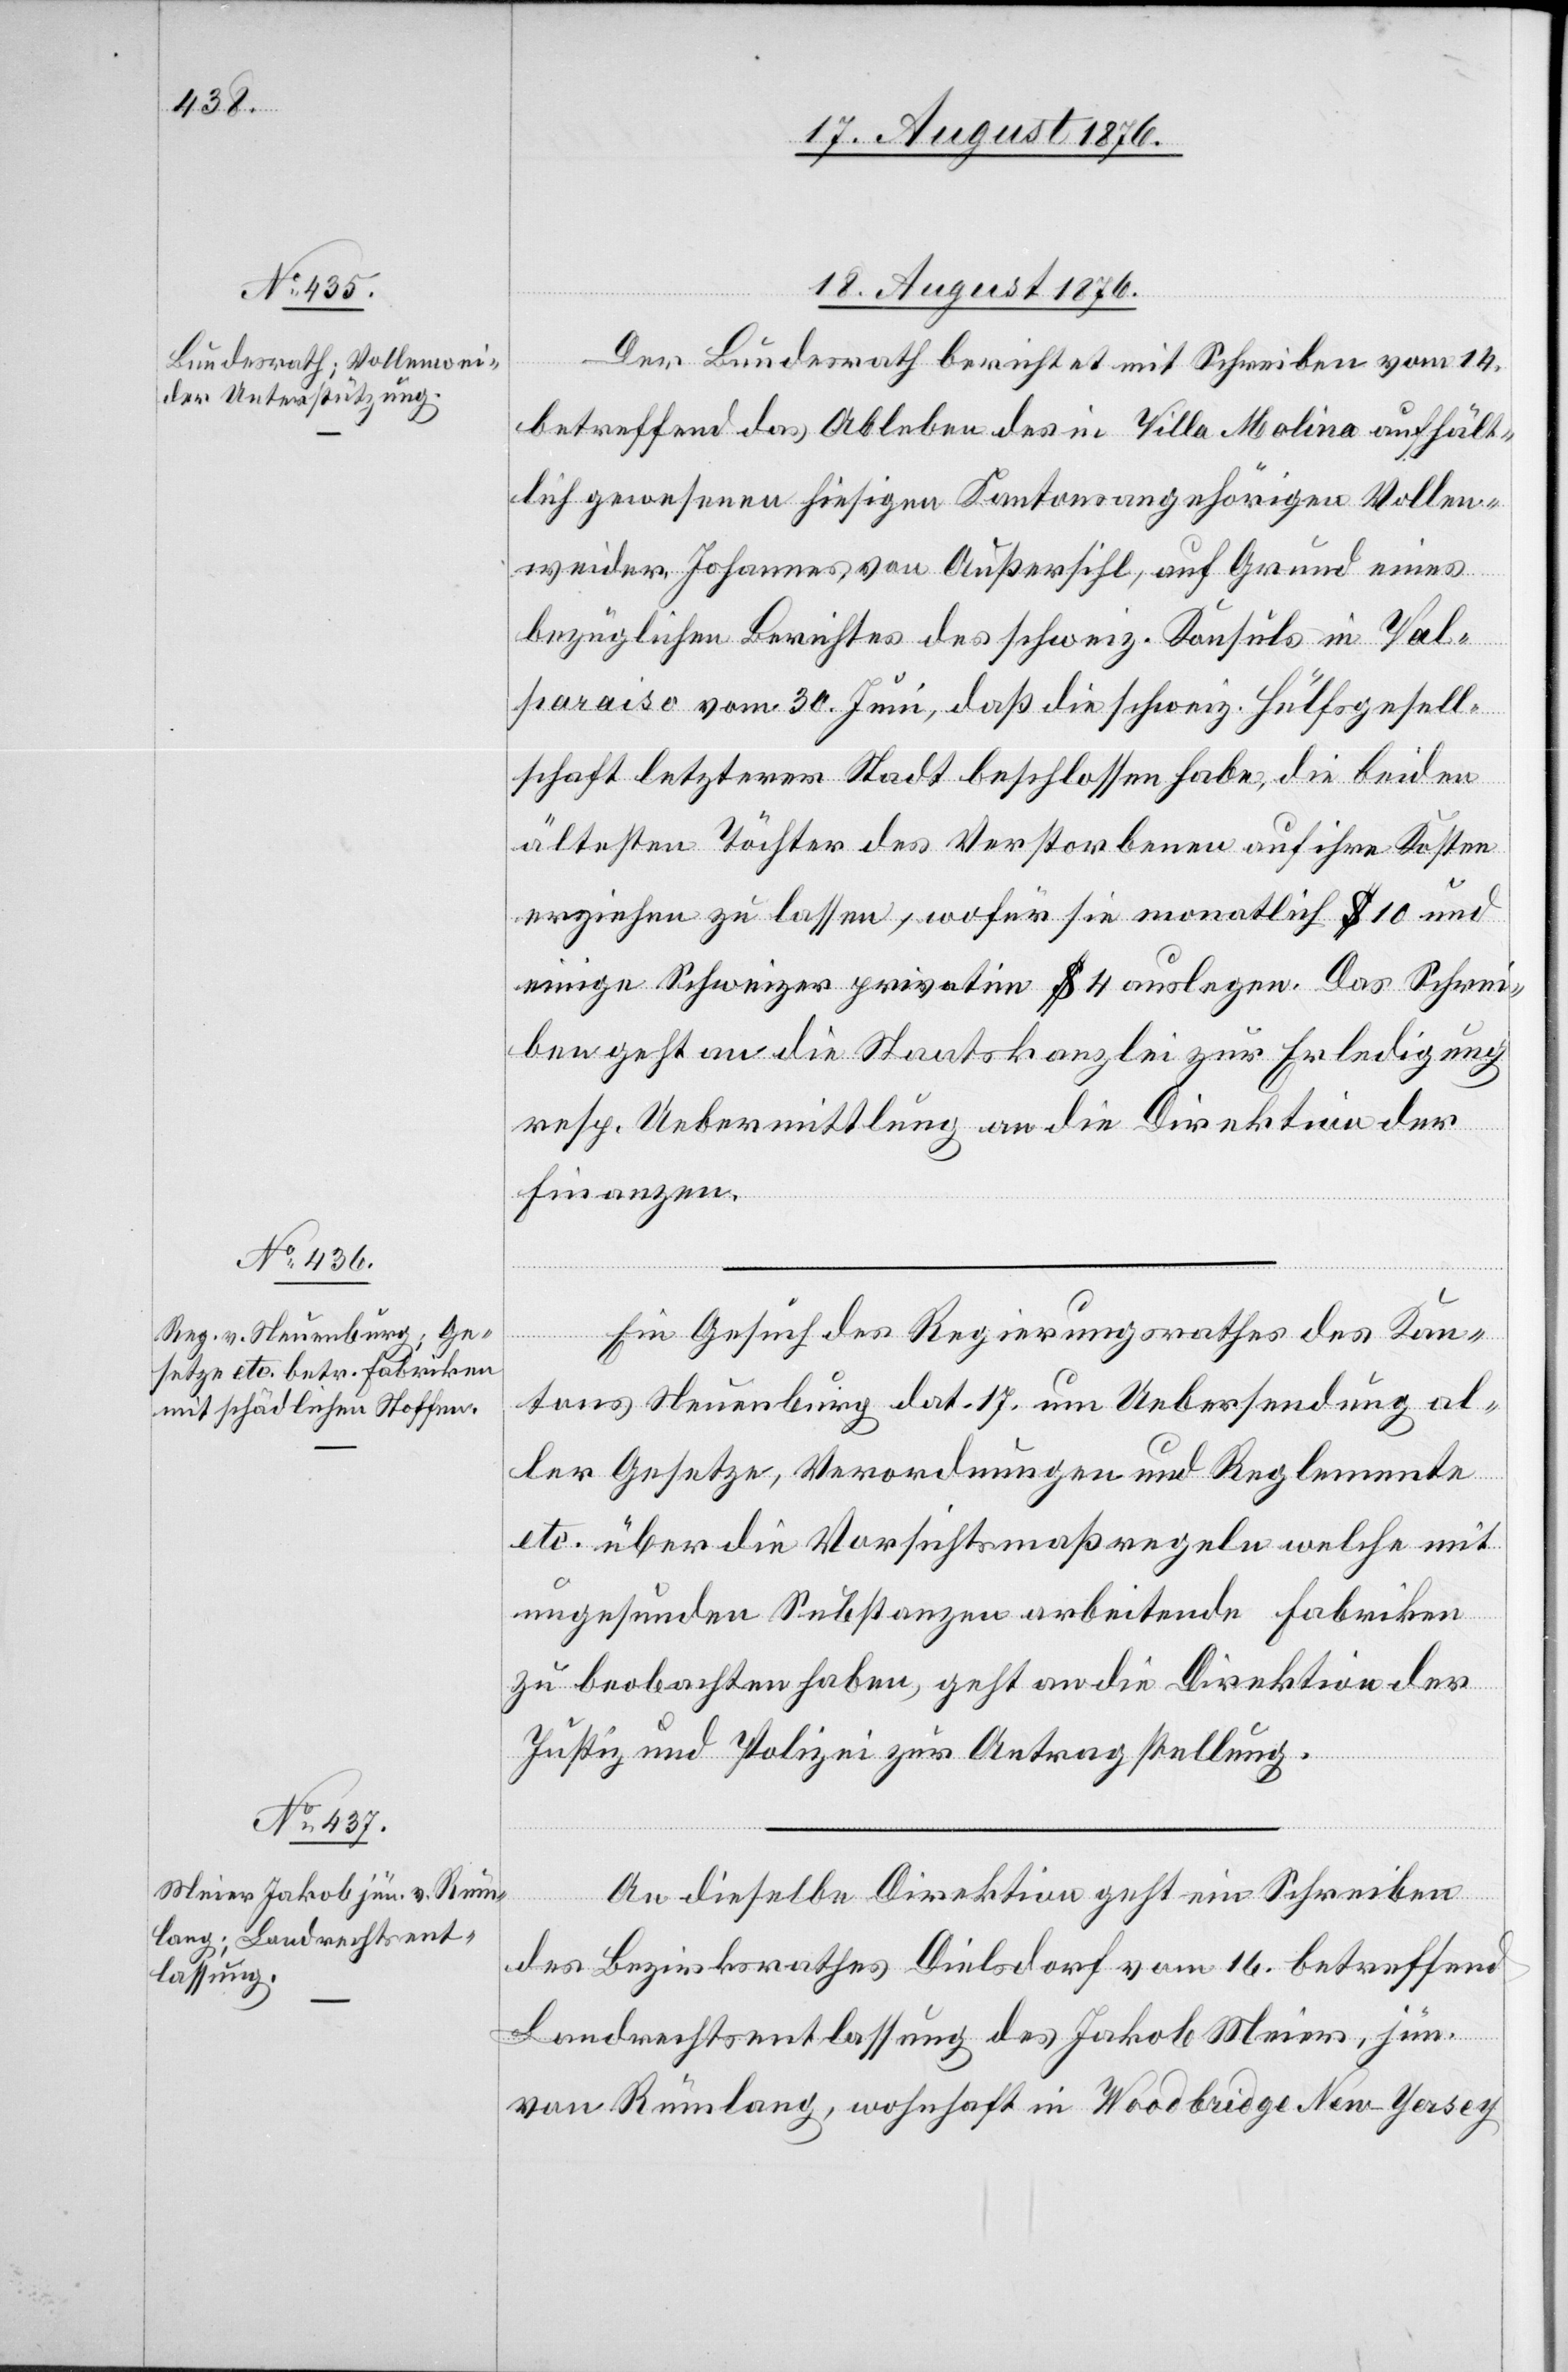
18. August 1876.]
Der Bundesrath berichtet mit Schreiben vom 14.
betreffend das Ableben des in Villa Molina aufhält¬
lich gewesenen hiesigen Kantonsangehörigen Vollen¬
weider, Johannes, von Außersihl, auf Grund eines
bezüglichen Berichtes des schweiz. Konsuls in Val¬
paraiso vom 30. Juni, daß die schweiz. Hülfsgesell¬
schaft letzterer Stadt beschlossen habe, die beiden
ältesten Töchter des Verstorbenen auf ihre Kosten
erziehen zu lassen, wofür sie monatlich $ 10 und
einige Schweizer privatim $ 4 auslegen. Das Schrie¬
ben geht an die Staatskanzlei zur Erledigung
resp. Uebermittlung an die Direktion der
Finanzen.
Ein Gesuch des Regierungsrathes des Kan¬
tons Neuenburg dat. 17. um Uebersendung al¬
ler Gesetze, Verordnungen und Reglemente
etc. über die Vorsichtsmaßregeln welche mit
ungesunden Substanzen arbeitende Fabriken
zu beobachten haben, geht an die Direktion der
Justiz und Polizei zur Antragstellung.
An dieselbe Direktion geht ein Schreiben
des Bezirksrathes Dielsdorf vom 16. betreffend
Landrechtsentlassung des Jakob Meier, jun.
von Rümlang wohnhaft in Woodbridge New-Yersey